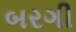
બરગી